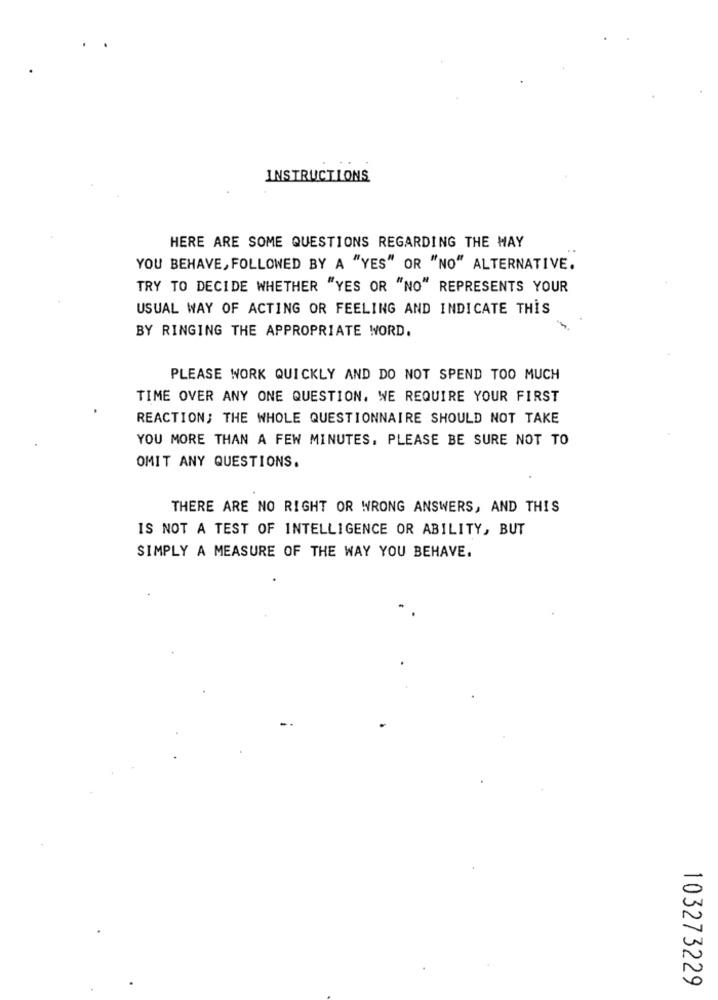
INSTRUCTIONS
HERE ARE SOME QUESTIONS REGARDING THE WAY
YOU BEHAVE, FOLLOWED BY A "YES" OR "NO" ALTERNATIVE.
TRY TO DECIDE WHETHER "YES OR "NO" REPRESENTS YOUR
USUAL WAY OF ACTING OR FEELING AND INDICATE THIS
BY RINGING THE APPROPRIATE WORD.
PLEASE WORK QUICKLY AND DO NOT SPEND TOO MUCH
TIME OVER ANY ONE QUESTION, WE REQUIRE YOUR FIRST
REACTION; THE WHOLE QUESTIONNAIRE SHOULD NOT TAKE
YOU MORE THAN A FEW MINUTES, PLEASE BE SURE NOT TO
OMIT ANY QUESTIONS.
THERE ARE NO RIGHT OR WRONG ANSWERS, AND THIS
IS NOT A TEST OF INTELLIGENCE OR ABILITY, BUT
SIMPLY A MEASURE OF THE WAY YOU BEHAVE.
103273229